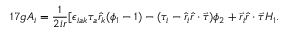
1 7 g A _ { i } = \frac { 1 } { 2 i r } [ \epsilon _ { i a k } \tau _ { a } \hat { r } _ { k } ( \phi _ { 1 } - 1 ) - ( \tau _ { i } - \hat { r } _ { i } \hat { r } \cdot \vec { \tau } ) \phi _ { 2 } + \vec { r } _ { i } \hat { r } \cdot \vec { \tau } H _ { 1 } .